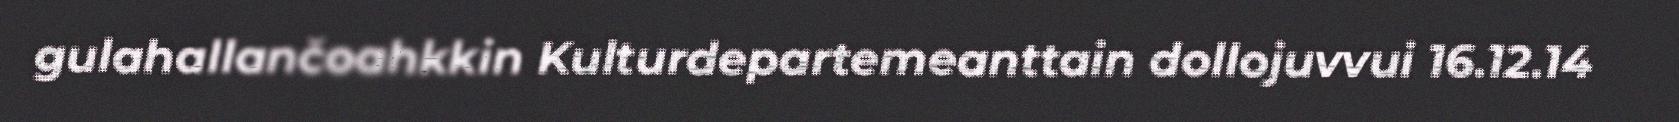
gulahallančoahkkin Kulturdepartemeanttain dollojuvvui 16.12.14